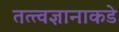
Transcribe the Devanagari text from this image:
तत्त्वज्ञानाकडे